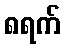
၈ရက်